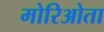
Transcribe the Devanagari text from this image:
मोरिओता